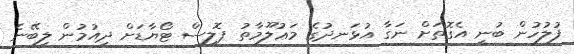
ފުލުހުން ބުނީ އެގޮތަށް ނަގާ އުޅަނދުގެ މަޢުލޫމާތު ޕޮލިސް ޓޯޔާޑަށް ދިއުމުން ލިބޭނެ